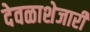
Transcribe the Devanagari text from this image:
देवळाशेजारी